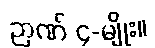
ဉာဏ် ၄-မျိုး။